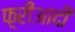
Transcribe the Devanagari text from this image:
फ़्रीआदीं